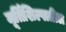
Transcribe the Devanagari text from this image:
मूर्तिशिल्पातील